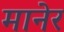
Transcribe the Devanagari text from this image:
मानेर